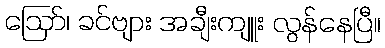
ဪ၊ ခင်ဗျား အချီးကျူး လွန်နေပြီ။